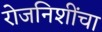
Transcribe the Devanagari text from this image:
रोजनिशींचा